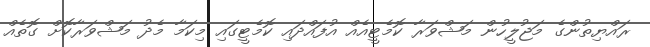
ރައްޔިތުންގެ މަޖުލީހުން މަޝްވަރާ ކޮމެޓީއެއް އުފައްދައި ކޮމެޓީގައި މިކަމާ މެދު މަޝްވަރާކޮށް ގޮތެއް